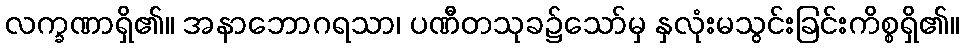
လက္ခဏာရှိ၏။ အနာဘောဂရသာ၊ ပဏီတသုခ၌သော်မှ နှလုံးမသွင်းခြင်းကိစ္စရှိ၏။